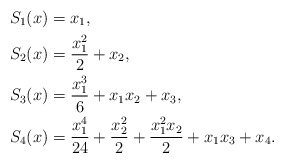
\begin{align*}S_1(x)&= x_1,\\ S_2(x) &= \frac{x_1^2}{2}+x_2, \\S_3(x) &= \frac{x_1^3}{6} + x_1x_2 + x_3 ,\\S_4(x) &= \frac{x_1^4}{24} + \frac{x_2^2}{2} + \frac{x_1^2x_2}{2}+ x_1x_3 + x_4.\end{align*}